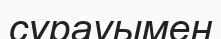
сұрауымен